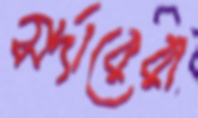
সর্দারেরা